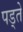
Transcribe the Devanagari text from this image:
पड्ते